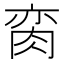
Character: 脔